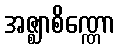
အဇ္ဈာစိဏ္ဏော